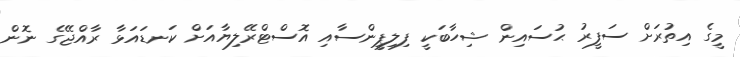
މީގެ އިތުރަށް ސަފީރު ޙުސައިން ޝިހާބަކީ ފިލިޕީންސާއި އޮސްޓްރޭލިޔާއަށް ކަނޑައަޅާ ރާއްޖޭގެ ނޮން